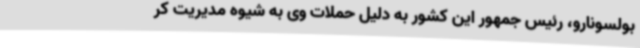
بولسونارو، رئیس جمهور این کشور به دلیل حملات وی به شیوه مدیریت کر